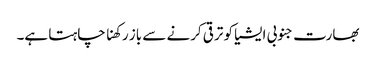
بھارت جنوبی ایشیا کو ترقی کرنے سے باز رکھنا چاہتا ہے۔